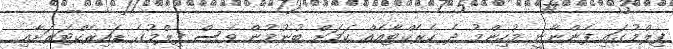
ފިލްމުގައި ފެންނާނީ މުހިންމު ދެ ކެރެކްޓާއެއް ކަމަށް ބުނުމުން ވެސް ފިލްމުގެ ޑައިރެކްޓަރަށާއި